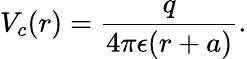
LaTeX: V_{c}(r)=\frac{q}{4\pi\epsilon(r+a)}.